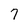
Character: 7